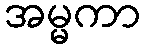
အမ္မကာ